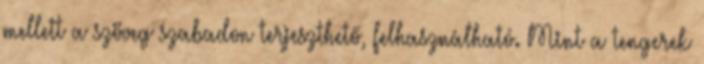
mellett a szöveg szabadon terjeszthető, felhasználható. Mint a tengerek